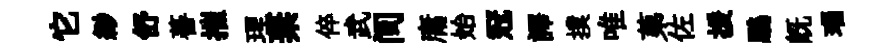
它緲舒蕃摧理棄倅武间庸始冠譯撲唯苐佐援鵬旣瑙